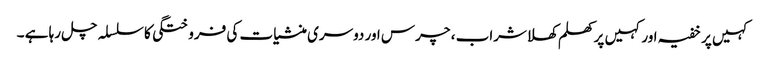
کہیں پر خفیہ اور کہیں پر کھلم کھلاشراب ، چرس اور دوسری منشیات کی فروختگی کا سلسلہ چل رہا ہے ۔